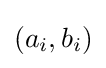
\left(a_{i},b_{i}\right)